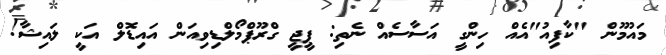
މައުމޫން "ކާފިއު"އެއް ހިންގީ އަސާސެއް ނެތި: ޕީޖީ ގްރޫޕްމޯލްޑިވިއަން އައިޑޮލް އަކީ ލައިޝާ!